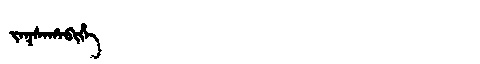
Manchu: ᠵᠠᡴᠰᠠᡥᠠᠪᡳᡥᡝ
Romanization: JAKSAHABIHE